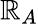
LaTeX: {\boldsymbol{\mathbb{R}}_{A}}